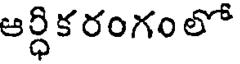
ఆర్ధిక రంగం లో